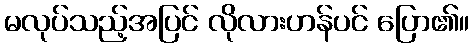
မလုပ်သည့်အပြင် လိုလားဟန်ပင် ပြော၏။